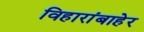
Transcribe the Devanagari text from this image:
विहारांबाहेर